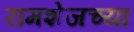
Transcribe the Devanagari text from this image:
रामशेजच्या